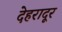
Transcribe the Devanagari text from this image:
देहरादूर